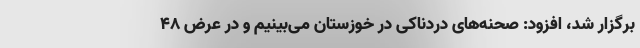
برگزار شد، افزود: صحنه‌های دردناکی در خوزستان می‌بینیم و در عرض ۴۸